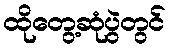
ထိုတွေ့ဆုံပွဲတွင်